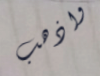
واذهب